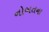
નોબતના